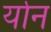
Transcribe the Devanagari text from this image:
र्यान